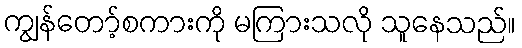
ကျွန်တော့်စကားကို မကြားသလို သူနေသည်။